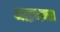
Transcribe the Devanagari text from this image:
आइजक्स